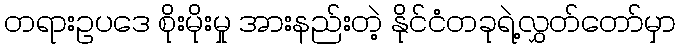
တရားဥပဒေ စိုးမိုးမှု အားနည်းတဲ့ နိုင်ငံတခုရဲ့လွှတ်တော်မှာ